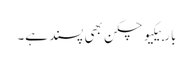
باربیکیو چکن بھی پسند ہے۔